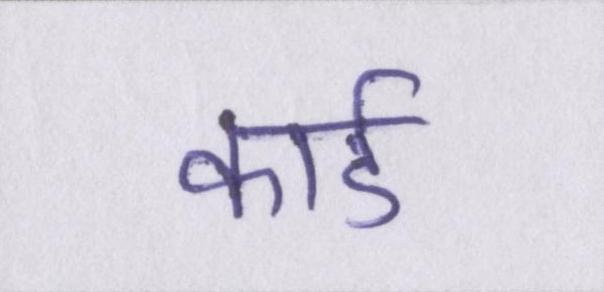
कार्ड